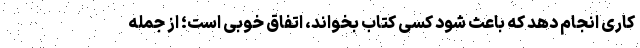
کاری انجام دهد که باعث شود کسی کتاب بخواند، اتفاق خوبی‌ است؛ از جمله